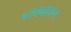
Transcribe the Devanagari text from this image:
अवेकेंनिंग